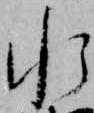
水